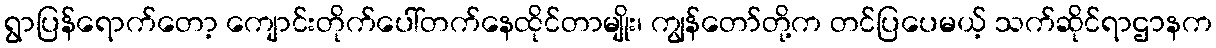
ရွာပြန်ရောက်တော့ ကျောင်းတိုက်ပေါ်တက်နေထိုင်တာမျိုး၊ ကျွန်တော်တို့က တင်ပြပေမယ့် သက်ဆိုင်ရာဌာနက